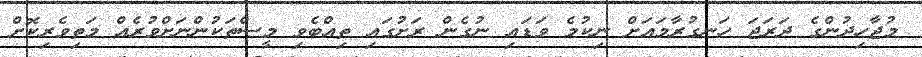
މުޖާހިދުންގެ ދަރަޖަ ހަނގުރާމައަށް ނިކުމެ ވަޑައި ނުގެން ރަށުގައި ތިއްބެވި މީސްތަކުންނަށްވުރެއް މަތިވެރިކޮށް